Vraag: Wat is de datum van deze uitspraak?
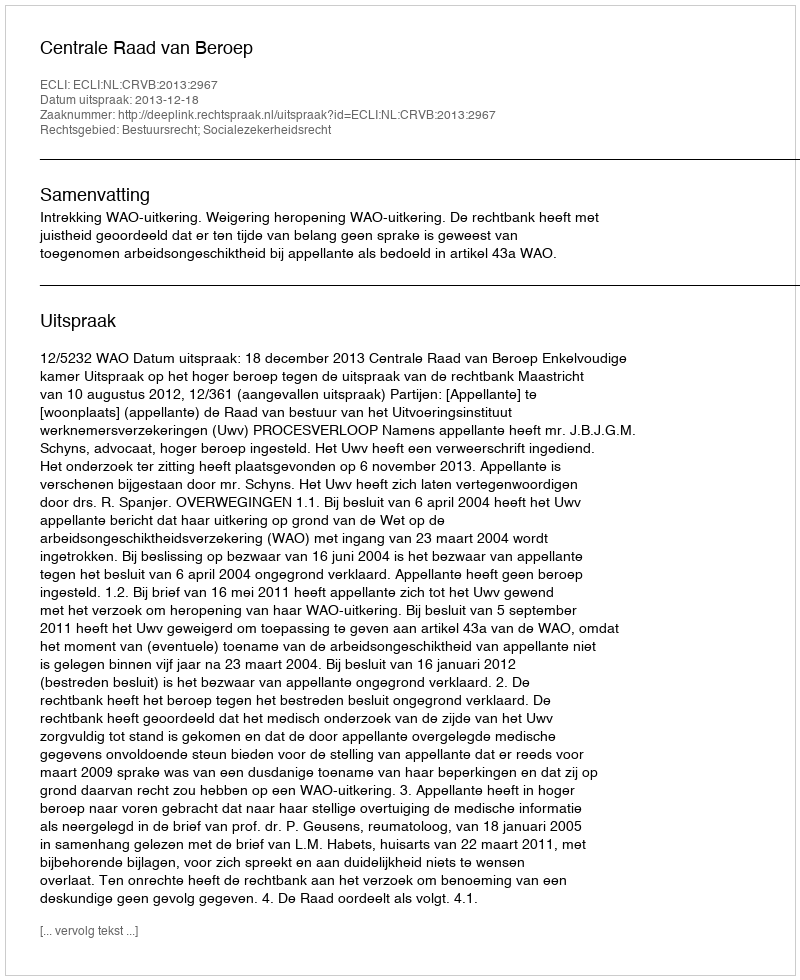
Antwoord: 2013-12-18